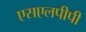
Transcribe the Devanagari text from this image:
एसएलपीपी